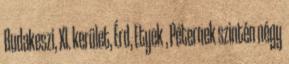
Budakeszi, XI. kerület, Érd, Etyek , Péternek szintén négy